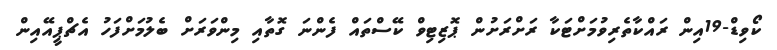
ކޯވިޑް-19އިން ރައްކާތެރިވުމަށްޓަކާ ރަށްރަށުން ޕޮޒިޓިވް ކޭސްތައް ފެންނަ ގޮތާއި މިންވަރަށް ބެލުމަށްފަހު އެޗްޕީއޭއިން